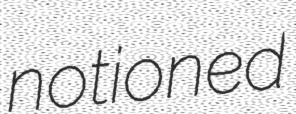
notioned